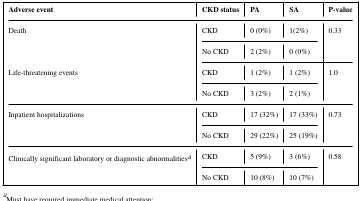
<table><thead><tr><td><b>Adverse event</b></td><td><b>CKD status</b></td><td><b>PA</b></td><td><b>SA</b></td><td><b>P-value</b></td></tr></thead><tbody><tr><td rowspan="4">Death</td><td>CKD</td><td>0 (0%)</td><td>1(2%)</td><td rowspan="4">0.33</td></tr><tr><td>No CKD</td><td>2 (2%)</td><td>0 (0%)</td></tr><tr><td rowspan="3">Life-threatening events</td><td>CKD</td><td>1 (2%)</td><td>1 (2%)</td><td rowspan="3">1.0</td></tr><tr><td>No CKD</td><td>3 (2%)</td><td>2 (1%)</td></tr><tr><td rowspan="3">Inpatient hospitalizations</td><td>CKD</td><td>17 (32%)</td><td>17 (33%)</td><td rowspan="3">0.73</td></tr><tr><td>No CKD</td><td>29 (22%)</td><td>25 (19%)</td></tr><tr><td rowspan="3">Clinically significant laboratory or diagnostic abnormalitiesa</td><td>CKD</td><td>5 (9%)</td><td>3 (6%)</td><td rowspan="3">0.58</td></tr><tr><td>No CKD</td><td>10 (8%)</td><td>10 (7%)</td></tr></tbody></table>